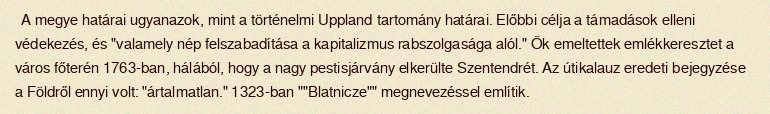
A megye határai ugyanazok, mint a történelmi Uppland tartomány határai. Előbbi célja a támadások elleni védekezés, és "valamely nép felszabadítása a kapitalizmus rabszolgasága alól." Ők emeltettek emlékkeresztet a város főterén 1763-ban, hálából, hogy a nagy pestisjárvány elkerülte Szentendrét. Az útikalauz eredeti bejegyzése a Földről ennyi volt: "ártalmatlan." 1323-ban ""Blatnicze"" megnevezéssel említik.